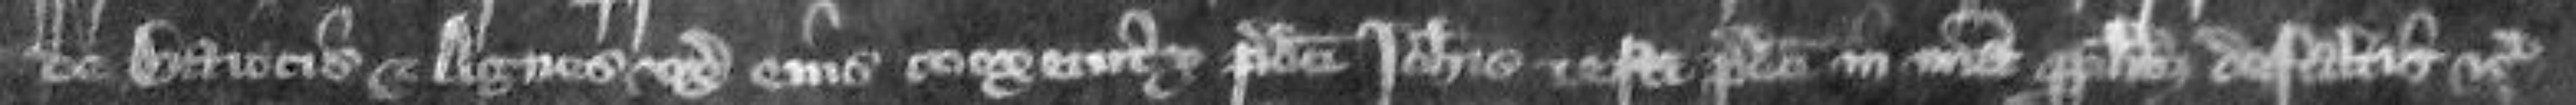
de Gavicis et Agnes uxor eius coexecutrix predicti Johannis testamenti predicti in misericordia pro pluribus defaltis etc